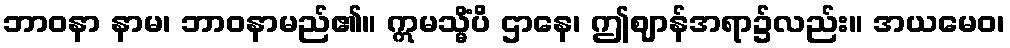
ဘာဝနာ နာမ၊ ဘာဝနာမည်၏။ ဣမသ္မိံပိ ဌာနေ၊ ဤဈာန်အရာ၌လည်း။ အယမေဝ၊